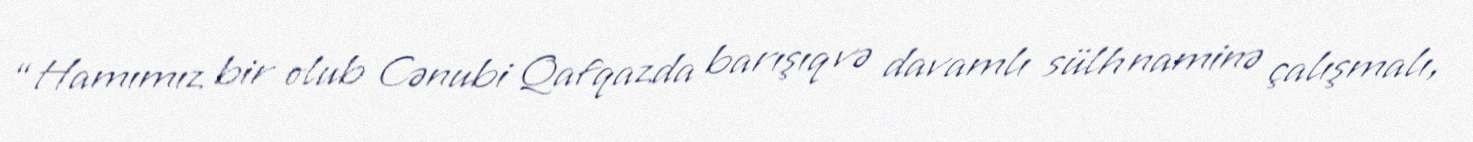
“Hamımız bir olub Cənubi Qafqazda barışıq və davamlı sülh naminə çalışmalı,